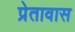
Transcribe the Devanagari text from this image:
प्रेतावास